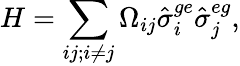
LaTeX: H=\sum_{ij;i\neq j}\Omega_{ij}\hat{\sigma}_{i}^{ge}\hat{\sigma}_{j}^{eg},